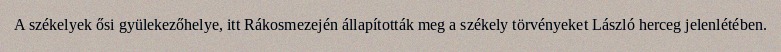
A székelyek ősi gyülekezőhelye, itt Rákosmezején állapították meg a székely törvényeket László herceg jelenlétében.